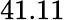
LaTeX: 41.11